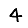
Digit: 4